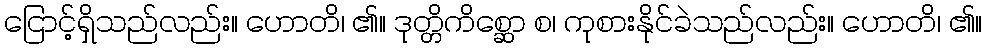
ငြောင့်ရှိသည်လည်း။ ဟောတိ၊ ၏။ ဒုတ္တိကိစ္ဆော စ၊ ကုစားနိုင်ခဲသည်လည်း။ ဟောတိ၊ ၏။